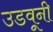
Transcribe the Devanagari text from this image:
उडवूनी